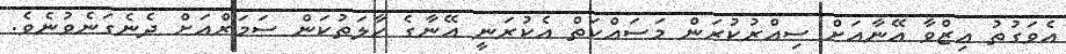
އެވަގުތު ޢިޒްވާ އޭނާއަށް ސިއްރުކުރަން މަސައްކަތް އެކުރަނީ އޭނާގެ ހާލަތުކަން ސަމަރްއަށް ދެނެގަނެވުނެވެ.